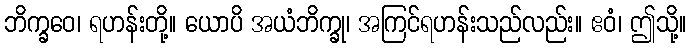
ဘိက္ခဝေ၊ ရဟန်းတို့။ ယောပိ အယံဘိက္ခု၊ အကြင်ရဟန်းသည်လည်း။ ဧဝံ၊ ဤသို့။